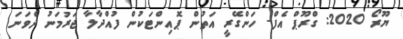
ޔޫރޯ 2020: ގްރޫޕް އެފް- ހަންގޭރީ އަތުން ޕޮއިންޓަކުން ފުއްދާލާ ޖަރުމަނު ދެވަނަ